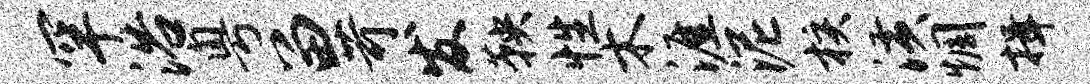
罕浴粤留苛发鞅性木涯泥核潢惆揖